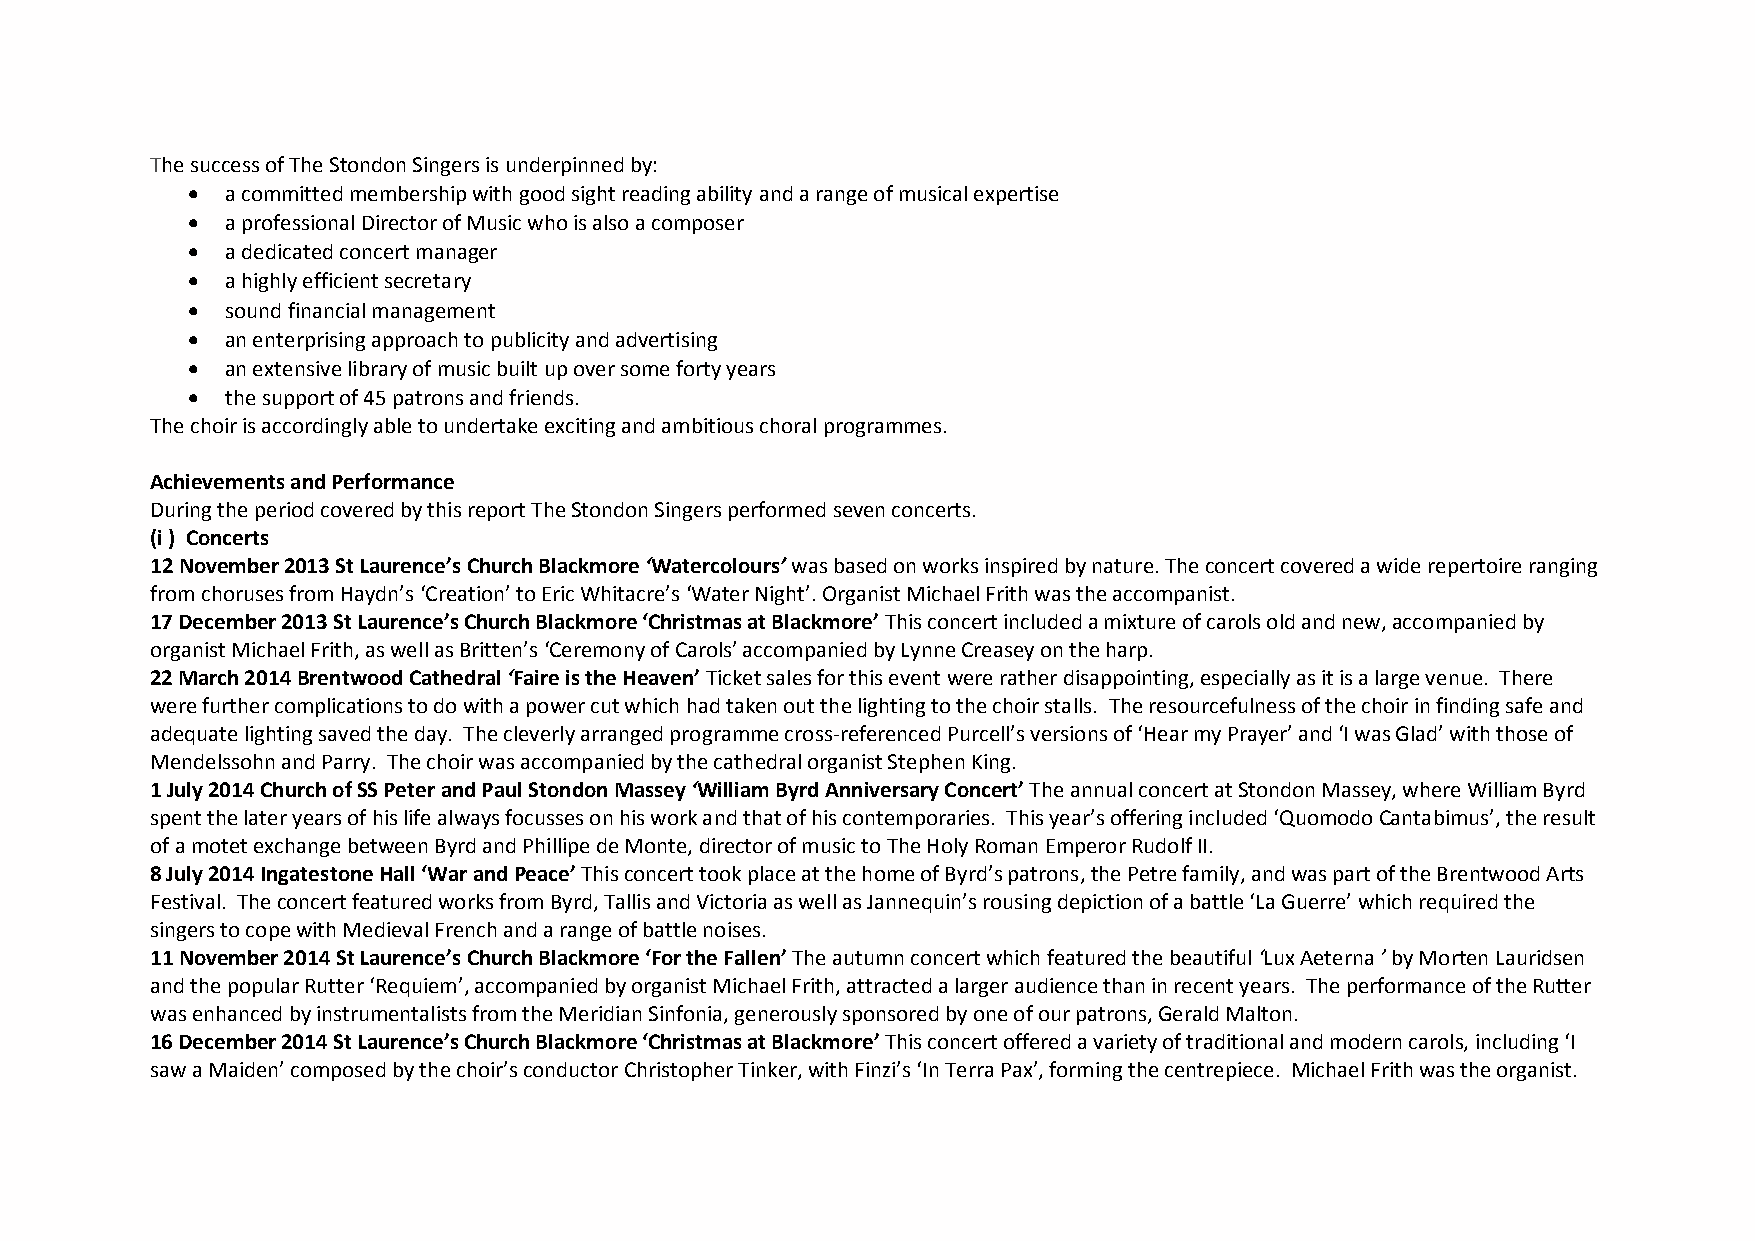
The success of The Stondon Singers is underpinned by:
   a committed membership with good sight reading ability and a range of musical expertise
   a professional Director of Music who is also a composer
   a dedicated concert manager
   a highly efficient secretary
   sound financial management
   an enterprising approach to publicity and advertising
   an extensive library of music built up over some forty years
   the support of 45 patrons and friends.
 The choir is accordingly able to undertake exciting and ambitious choral programmes.
 Achievements and Performance
 During the period covered by this report The Stondon Singers performed seven concerts.
 (i ) Concerts
 12 November 2013 St Laurence’s Church Blackmore ‘Watercolours’ was based on works inspired by nature. The concert covered a wide repertoire ranging
 from choruses from Haydn’s ‘Creation’ to Eric Whitacre’s ‘Water Night’. Organist Michael Frith was the accompanist.
 17 December 2013 St Laurence’s Church Blackmore ‘Christmas at Blackmore’ This concert included a mixture of carols old and new, accompanied by
 organist Michael Frith, as well as Britten’s ‘Ceremony of Carols’ accompanied by Lynne Creasey on the harp.
 22 March 2014 Brentwood Cathedral ‘Faire is the Heaven’ Ticket sales for this event were rather disappointing, especially as it is a large venue. There
 were further complications to do with a power cut which had taken out the lighting to the choir stalls. The resourcefulness of the choir in finding safe and
 adequate lighting saved the day. The cleverly arranged programme cross-referenced Purcell’s versions of ‘Hear my Prayer’ and ‘I was Glad’ with those of
 Mendelssohn and Parry. The choir was accompanied by the cathedral organist Stephen King.
 1 July 2014 Church of SS Peter and Paul Stondon Massey ‘William Byrd Anniversary Concert’ The annual concert at Stondon Massey, where William Byrd
 spent the later years of his life always focusses on his work and that of his contemporaries. This year’s offering included ‘Quomodo Cantabimus’, the result
 of a motet exchange between Byrd and Phillipe de Monte, director of music to The Holy Roman Emperor Rudolf II.
 8 July 2014 Ingatestone Hall ‘War and Peace’ This concert took place at the home of Byrd’s patrons, the Petre family, and was part of the Brentwood Arts
 Festival. The concert featured works from Byrd, Tallis and Victoria as well as Jannequin’s rousing depiction of a battle ‘La Guerre’ which required the
 singers to cope with Medieval French and a range of battle noises.
 11 November 2014 St Laurence’s Church Blackmore ‘For the Fallen’ The autumn concert which featured the beautiful ‘Lux Aeterna ’ by Morten Lauridsen
 and the popular Rutter ‘Requiem’, accompanied by organist Michael Frith, attracted a larger audience than in recent years. The performance of the Rutter
 was enhanced by instrumentalists from the Meridian Sinfonia, generously sponsored by one of our patrons, Gerald Malton.
 16 December 2014 St Laurence’s Church Blackmore ‘Christmas at Blackmore’ This concert offered a variety of traditional and modern carols, including ‘I
 saw a Maiden’ composed by the choir’s conductor Christopher Tinker, with Finzi’s ‘In Terra Pax’, forming the centrepiece. Michael Frith was the organist.